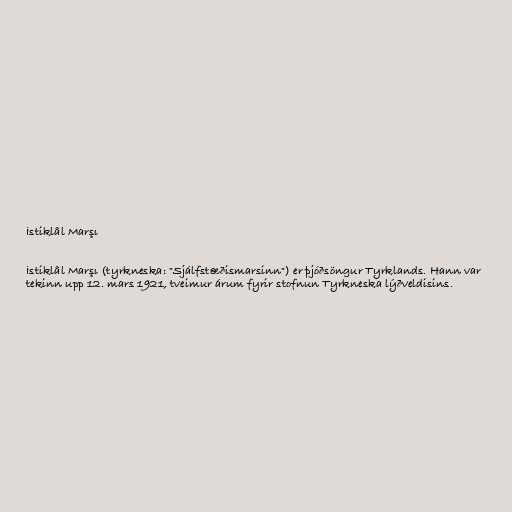
İstiklâl Marşı

İstiklâl Marşı (tyrkneska: "Sjálfstæðismarsinn") er þjóðsöngur Tyrklands. Hann var
tekinn upp 12. mars 1921, tveimur árum fyrir stofnun Tyrkneska lýðveldisins.